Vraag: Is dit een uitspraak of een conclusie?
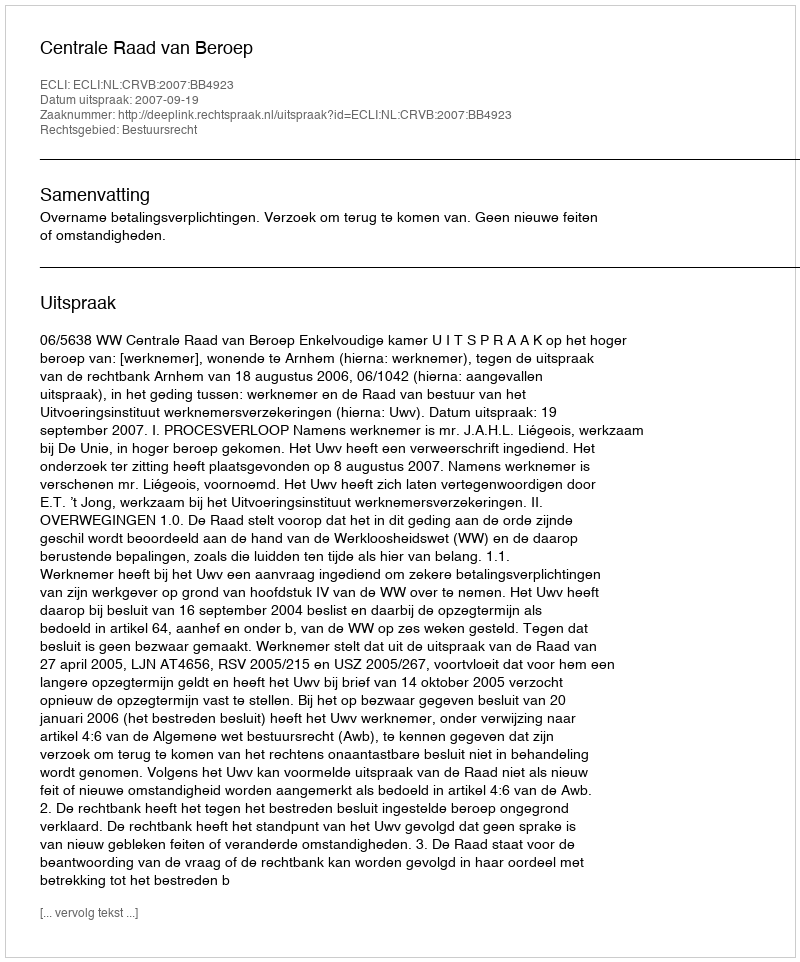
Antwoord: Uitspraak